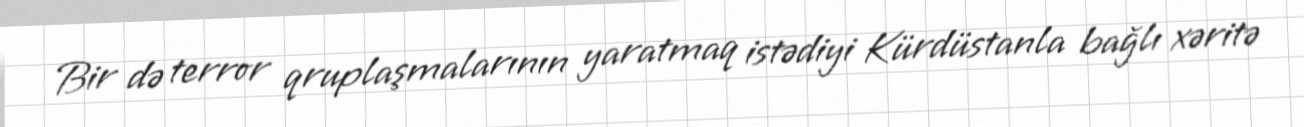
Bir də terror qruplaşmalarının yaratmaq istədiyi Kürdüstanla bağlı xəritə